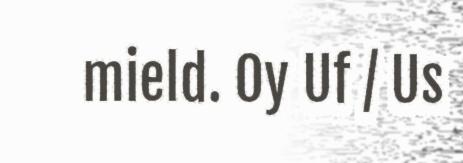
mield. Oy Uf / Us